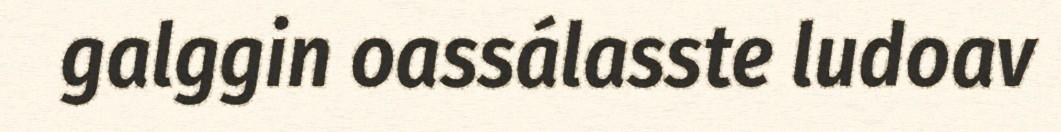
galggin oassálasste ludoav